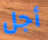
أجل